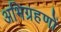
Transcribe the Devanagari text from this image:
अभिग्रहणों